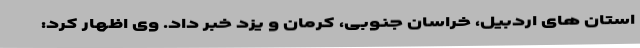
استان های اردبیل، خراسان جنوبی، کرمان و یزد خبر داد. وی اظهار کرد: